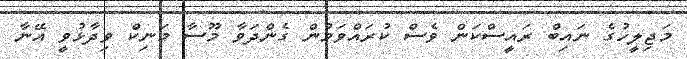
މަޖިލީހުގެ ނައިބް ރައީސްކަން ވެސް ކުރައްވަމުން ގެންދަވާ މޫސާ މަނިކް ވިދާޅުވީ އޭނާ